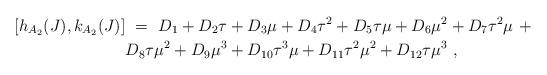
LaTeX: \begin{align*}[ h_{A_2}(J),k_{A_2}(J) ] &\ =\ D_1 + D_2\tau + D_3\mu + D_4 \tau^2 + D_5 \tau\mu + D_6 \mu^2 + D_7 \tau^2\mu\ +\\& D_8 \tau\mu^2 + D_9 \mu^3 + D_{10} \tau^3\mu+ D_{11} \tau^2\mu^2 + D_{12} \tau\mu^3 \ ,\end{align*}